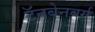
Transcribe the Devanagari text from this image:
टॅनबेनबर्ग